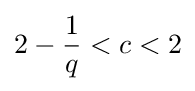
2-{\frac {1}{q}}<c<2